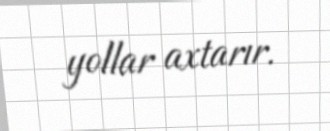
yollar axtarır.